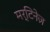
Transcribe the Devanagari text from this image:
मर्टिनेज़